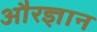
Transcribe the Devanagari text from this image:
औरज्ञान